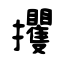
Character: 攫